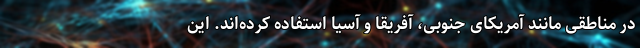
در مناطقی مانند آمریکای جنوبی، آفریقا و آسیا استفاده کرده‌اند. این